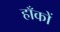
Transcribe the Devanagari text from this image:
हाँकों